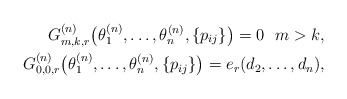
\begin{align*} G_{m,k,r}^{(n)}\big(\theta_1^{(n)},\ldots,\theta_n^{(n)}, \{ p_{ij} \}\big)=0 \ \ m >k,\\ G_{0,0,r}^{(n)}\big(\theta_1^{(n)},\ldots,\theta_n^{(n)},\{p_{ij}\}\big)=e_{r}(d_2, \ldots,d_n),\end{align*}